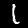
Label: 1